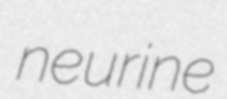
neurine